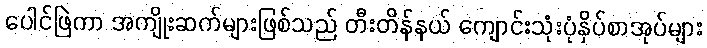
ပေါင်ဖြဲကာ အကျိုးဆက်များဖြစ်သည် တီးတိန်နယ် ကျောင်းသုံးပုံနှိပ်စာအုပ်များ